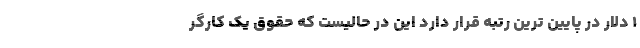
1 دلار در پایین ترین رتبه قرار دارد این در حالیست که حقوق یک کارگر